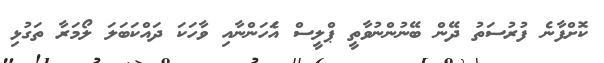
ކޮށްފާނެ ފުރުސަތު ދޭން ބޭނުންނުވާތީ ޕްލީސް އެަހަންނާއި ވާހަކަ ދައްކަބަލަ ލޯމަރާ ތަގުޅި